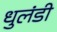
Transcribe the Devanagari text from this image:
धुलंडी